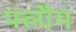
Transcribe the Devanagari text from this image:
फ्लौम